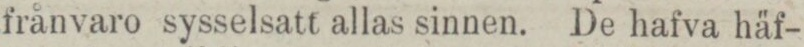
frånvaro sysselsatt allas sinnen. De hafva häf-